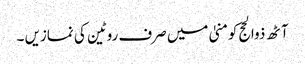
آٹھ ذوالحج کومنیٰ میں صرف روٹین کی نمازیں ۔